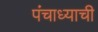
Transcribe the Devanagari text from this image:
पंचाध्याची